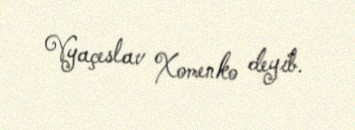
Vyaçeslav Xomenko deyib.